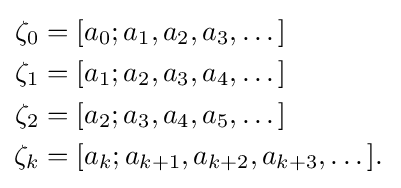
{\begin{aligned}\zeta _{0}&=[a_{0};a_{1},a_{2},a_{3},\dots ]\\\zeta _{1}&=[a_{1};a_{2},a_{3},a_{4},\dots ]\\\zeta _{2}&=[a_{2};a_{3},a_{4},a_{5},\dots ]\\\zeta _{k}&=[a_{k};a_{k+1},a_{k+2},a_{k+3},\dots ].\,\end{aligned}}